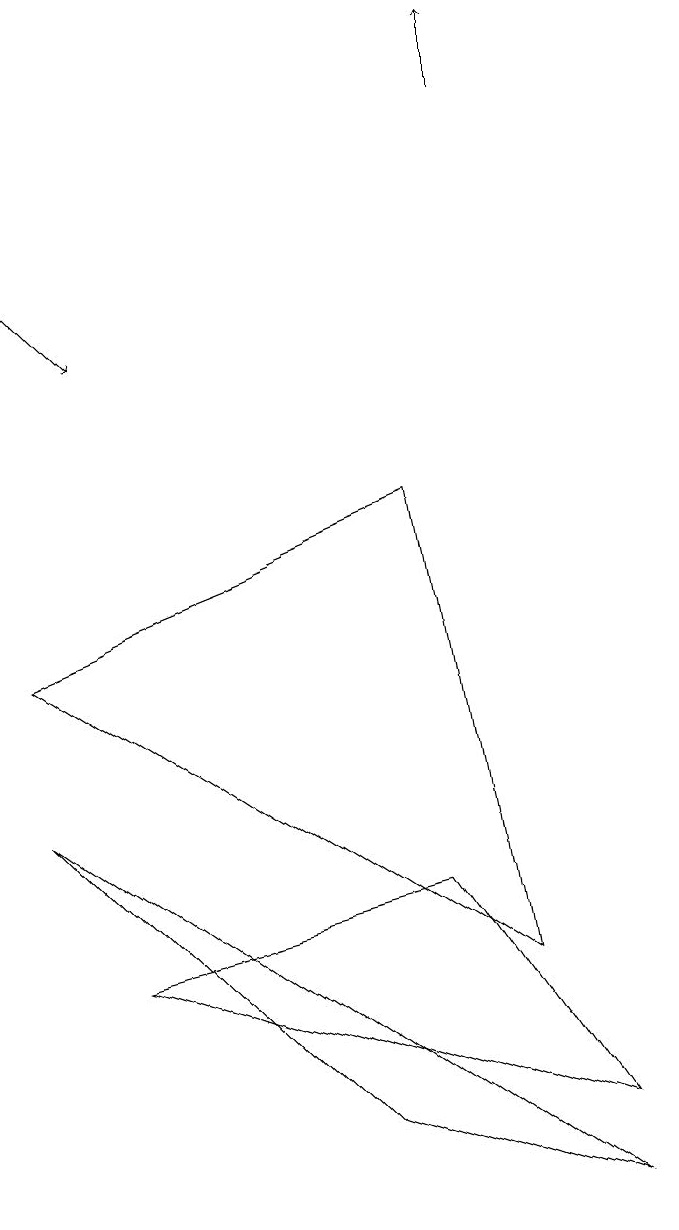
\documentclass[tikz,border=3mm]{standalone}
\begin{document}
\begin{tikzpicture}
\draw (2,7) -- (8,3) -- (7,9) -- cycle;
\draw[->] (2,12) -- (3,11);
\draw (10,10) circle (0);
\draw (9,0) -- (6,1) -- (2,5) -- cycle;
\draw (7,4) -- (9,1) -- (3,3) -- cycle;
\draw[->] (8,14) -- (8,15);
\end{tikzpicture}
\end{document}